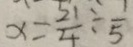
x = \frac { 2 1 } { 4 } \div \frac { 1 } { 5 }